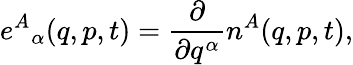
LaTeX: e^{A}{}_{\alpha}(q,p,t)=\frac{\partial}{\partial q^{\alpha}}n^{A}(q,p,t),